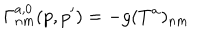
\Gamma _ { n m } ^ { a , 0 } ( p , p ^ { \prime } ) = - g ( T ^ { a } ) _ { n m }